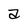
Character: a